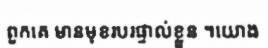
ពួកគេ មានមុខរបរផ្ទាល់ខ្លួន ។យោង